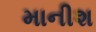
માનીશ